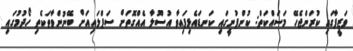
ވަޒީފާގައި ކުރަންޖެހޭ މަސައްކަތް: ކުންފުނީގައި ކަނޑައެޅިފައިވާ އުސޫލާ އެއްގޮތަށް ސަޕްލައިއަށް ބޭނުންވާތަކެތި ހޯދުމުގައި